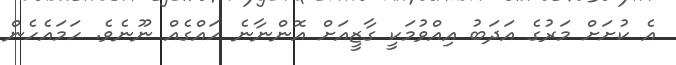
އެ ކުށަށް މަރުގެ އަދަބު އިއްވުމަކީ ގާޒީއަށް އޮންނާނެ ހައްގެއް ނޫނެވެ. ހަމައެހެން